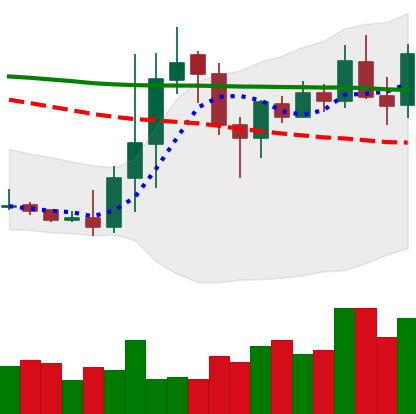
Ticker: DOGE-USD
Chart end date: 2020-01-17
Forward return: -6.707%
Label: down_5_7